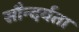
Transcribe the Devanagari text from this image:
सौन्‍दर्यता